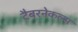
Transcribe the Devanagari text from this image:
टैबरनेकल्स